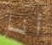
أنا